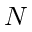
{ \cal N }